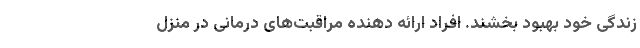
زندگی خود بهبود بخشند. افراد ارائه دهندهٔ مراقبت‌های درمانی در منزل